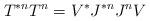
LaTeX: \begin{align*} T^{*n}T^n = V^* J^{*n}J^nV\end{align*}